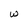
Character: W